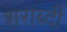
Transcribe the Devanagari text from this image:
शराब्दी